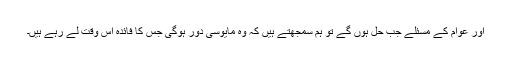
اور عوام کے مسئلے جب حل ہوں گے تو ہم سمجھتے ہیں کہ وہ مایوسی دور ہوگی جس کا فائدہ اس وقت لے رہے ہیں۔